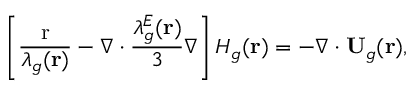
\left[ { \frac { \mathrm { { r } } } { { { \lambda _ { g } } ( { \bf { r } } ) } } - \nabla \cdot \frac { { \lambda _ { g } ^ { E } ( { \bf { r } } ) } } { 3 } \nabla } \right] { H _ { g } } ( { \bf { r } } ) = - \nabla \cdot { { \bf { U } } _ { g } } ( { \bf { r } } ) ,